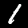
Label: 1